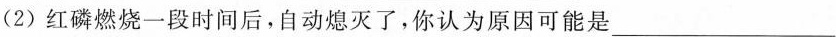
(2)红磷燃烧一段时间后，自动熄灭了，你认为原因可能是___